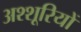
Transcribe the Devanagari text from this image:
अश्शूरियों